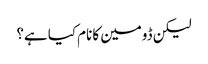
لیکن ڈومین کا نام کیا ہے؟